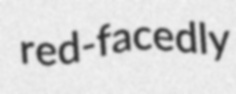
red-facedly